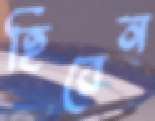
হিরেন